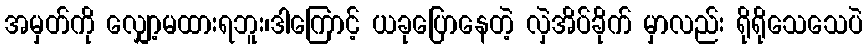
အမှတ်ကို လျှော့မထားရဘူး၊ဒါကြောင့် ယခုပြောနေတဲ့ လှဲအိပ်ခိုက် မှာလည်း ရိုရိုသေသေပဲ